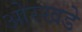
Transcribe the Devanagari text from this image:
ओरखडे